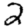
Digit: 2